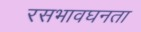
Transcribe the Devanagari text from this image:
रसभावघनता